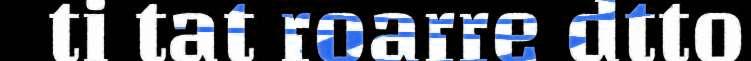
ti tat roarre dtto